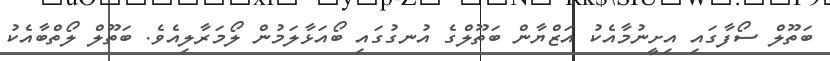
ބަތޫލް ސޯފާގައި އިށީނުމާއެކު އަޒްޔާން ބަތޫލްގެ އުނގުގައި ބޯއަޅާލަމުން ލޯމަރާލިއެވެ. ބަތޫލް ލޯތްބާއެކު